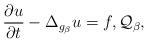
LaTeX: \begin{align*}\frac{\partial u}{\partial t} - \Delta_{g_\beta} u = f,\mathcal{Q}_\beta,\end{align*}